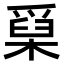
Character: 𤔥